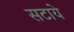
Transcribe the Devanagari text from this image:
सटाये